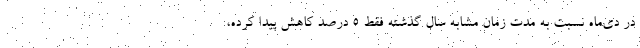
در دی‌ماه نسبت به مدت زمان مشابه سال گذشته فقط ۵ درصد کاهش پیدا کرده،